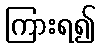
ကြားရ၍